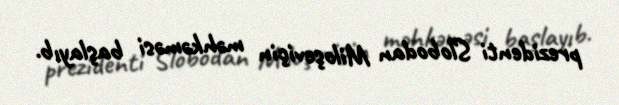
prezidenti Slobodan Miloşeviçin məhkəməsi başlayıb.